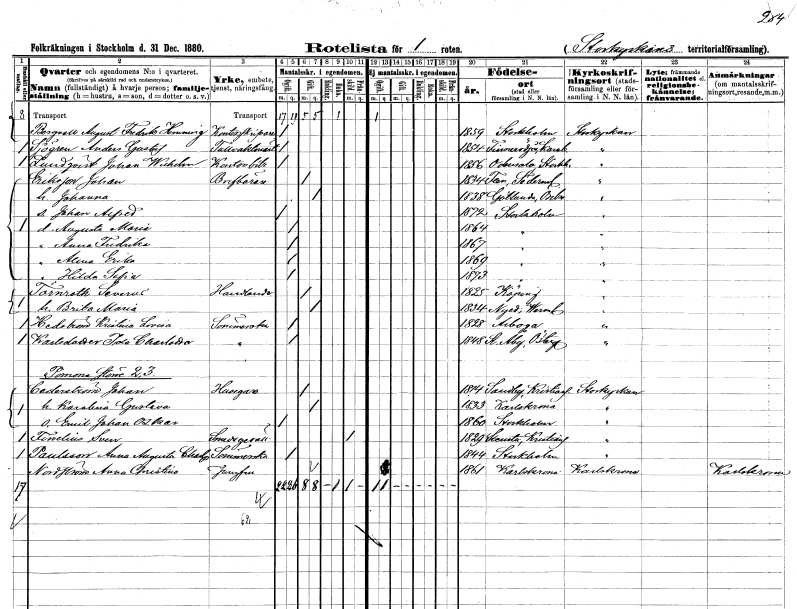
gt_parse: households: individuals: FN: August Fredrik Henning
EN: Bergvall
YRKE: Kontorsskrivare
KON: M
CIV: O
FODAR: 1859
FODFORS: Stockholm
FN: Anders Gustaf
EN: Sjögren
YRKE: Tullvaktmästare
KON: M
CIV: O
FODAR: 1854
FODFORS: Finnerödja Örebro län
FN: Johan Wilhelm
EN: Lundqvist
YRKE: Kontorsbiträde
KON: M
CIV: O
FODAR: 1856
FODFORS: Odensala Stockholms län
FN: Johan
EN: Eriksson
YRKE: Brevbärare
KON: M
CIV: G
FODAR: 1834
FODFORS: Flen Södermanlands län
FN: Johanna
KON: K
CIV: G
FODAR: 1838
FODFORS: Götlunda Västmanlands län
FN: Johan Alfred
KON: M
CIV: O
FODAR: 1872
FODFORS: Stockholm
FN: Augusta Maria
KON: K
CIV: O
FODAR: 1864
FODFORS: Stockholm
FN: Anna Fredrika
KON: K
CIV: O
FODAR: 1867
FODFORS: Stockholm
FN: Alma Erika
KON: K
CIV: O
FODAR: 1869
FODFORS: Stockholm
FN: Hilda Sofia
KON: K
CIV: O
FODAR: 1873
FODFORS: Stockholm
FN: Severin
EN: Törnroth
YRKE: Handlande
KON: M
CIV: G
FODAR: 1825
FODFORS: Köping Västmanlands län
FN: Brita Maria
KON: K
CIV: G
FODAR: 1834
FODFORS: Nyed Värmlands län
FN: Kristina Lovisa
EN: Hedström
YRKE: Sömmerska
KON: K
CIV: O
FODAR: 1828
FODFORS: Arboga Västmanlands län
FN: Ida Charlotta
EN: Karlsdotter
YRKE: Sömmerska
KON: K
CIV: O
FODAR: 1848
FODFORS: Stora Åby Östergötlands län
FN: Johan
EN: Cederström
YRKE: Husägare
KON: M
CIV: G
FODAR: 1814
FODFORS: Sandby Kristianstads län
FN: Karolina Gustava
KON: K
CIV: G
FODAR: 1833
FODFORS: Karlskrona Blekinge län
FN: Emil Johan Oskar
KON: M
CIV: O
FODAR: 1860
FODFORS: Stockholm
FN: Sven
EN: Tinelius
YRKE: Smedsgesäll
KON: M
CIV: X
FODAR: 1829
FODFORS: Stenestad Malmöhus län
FN: Anna Augusta Charlotta
EN: Paulsson
YRKE: Sömmerska
KON: K
CIV: O
FODAR: 1844
FODFORS: Stockholm
FN: Anna Christina
EN: Nordström
YRKE: Jungfru
KON: K
CIV: O
FODAR: 1861
FODFORS: Karlskrona Blekinge län